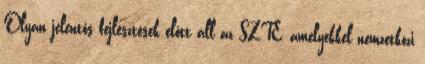
Olyan jelentős fejlesztések előtt áll az SZTE, amelyekkel nemzetközi